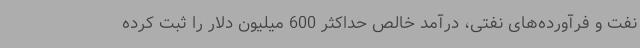
نفت و فرآورده‌های نفتی، درآمد خالص حداکثر 600 میلیون دلار را ثبت کرده